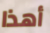
أهذا